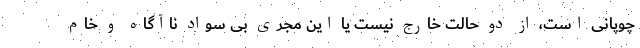
چوپانی است، از دو حالت خارج نیست یا این مجری بی سواد ناآگاه و خام